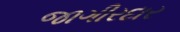
જાગીરદાર